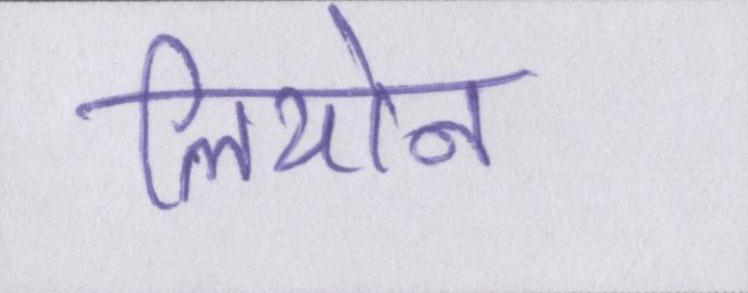
लियोन